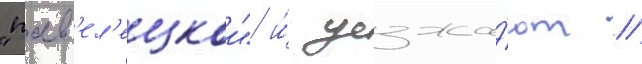
"пав'ел'ецкои" и́ уезжа́ют //